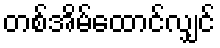
တစ်အိမ်ထောင်လျှင်